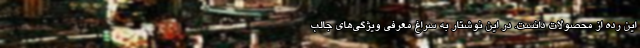
این رده از محصولات دانست. در این نوشتار به سراغ معرفی ویژگی‌های جالب